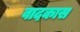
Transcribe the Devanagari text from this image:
वादकास